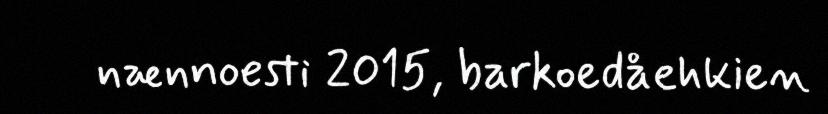
nænnoesti 2015, barkoedåehkien